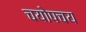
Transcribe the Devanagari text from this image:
चयोपचय